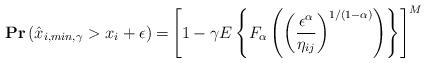
LaTeX: \begin{align*}\mathbf{Pr}\left(\hat{x}_{i,min,\gamma}> x_i + \epsilon\right) =& \left[1- \gamma E\left\{F_\alpha\left(\left(\frac{\epsilon^\alpha}{\eta_{ij}}\right)^{1/(1-\alpha)}\right)\right\}\right]^M\end{align*}